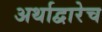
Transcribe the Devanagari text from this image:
अर्थाद्वारेच